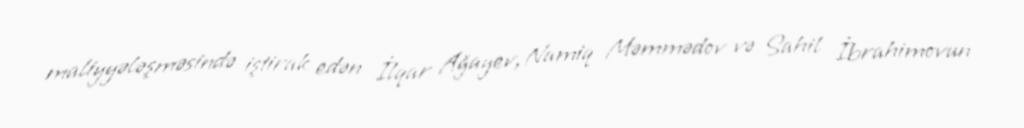
maliyyələşməsində iştirak edən İlqar Ağayev, Namiq Məmmədov və Sahil İbrahimovun